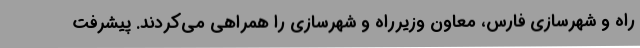
راه و شهرسازی فارس، معاون وزیرراه و شهرسازی را همراهی می‌کردند. پیشرفت